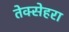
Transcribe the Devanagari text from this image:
तेक्सेहरा